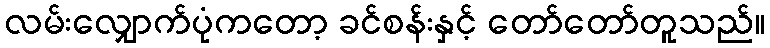
လမ်းလျှောက်ပုံကတော့ ခင်စန်းနှင့် တော်တော်တူသည်။